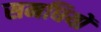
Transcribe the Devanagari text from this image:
समधियों